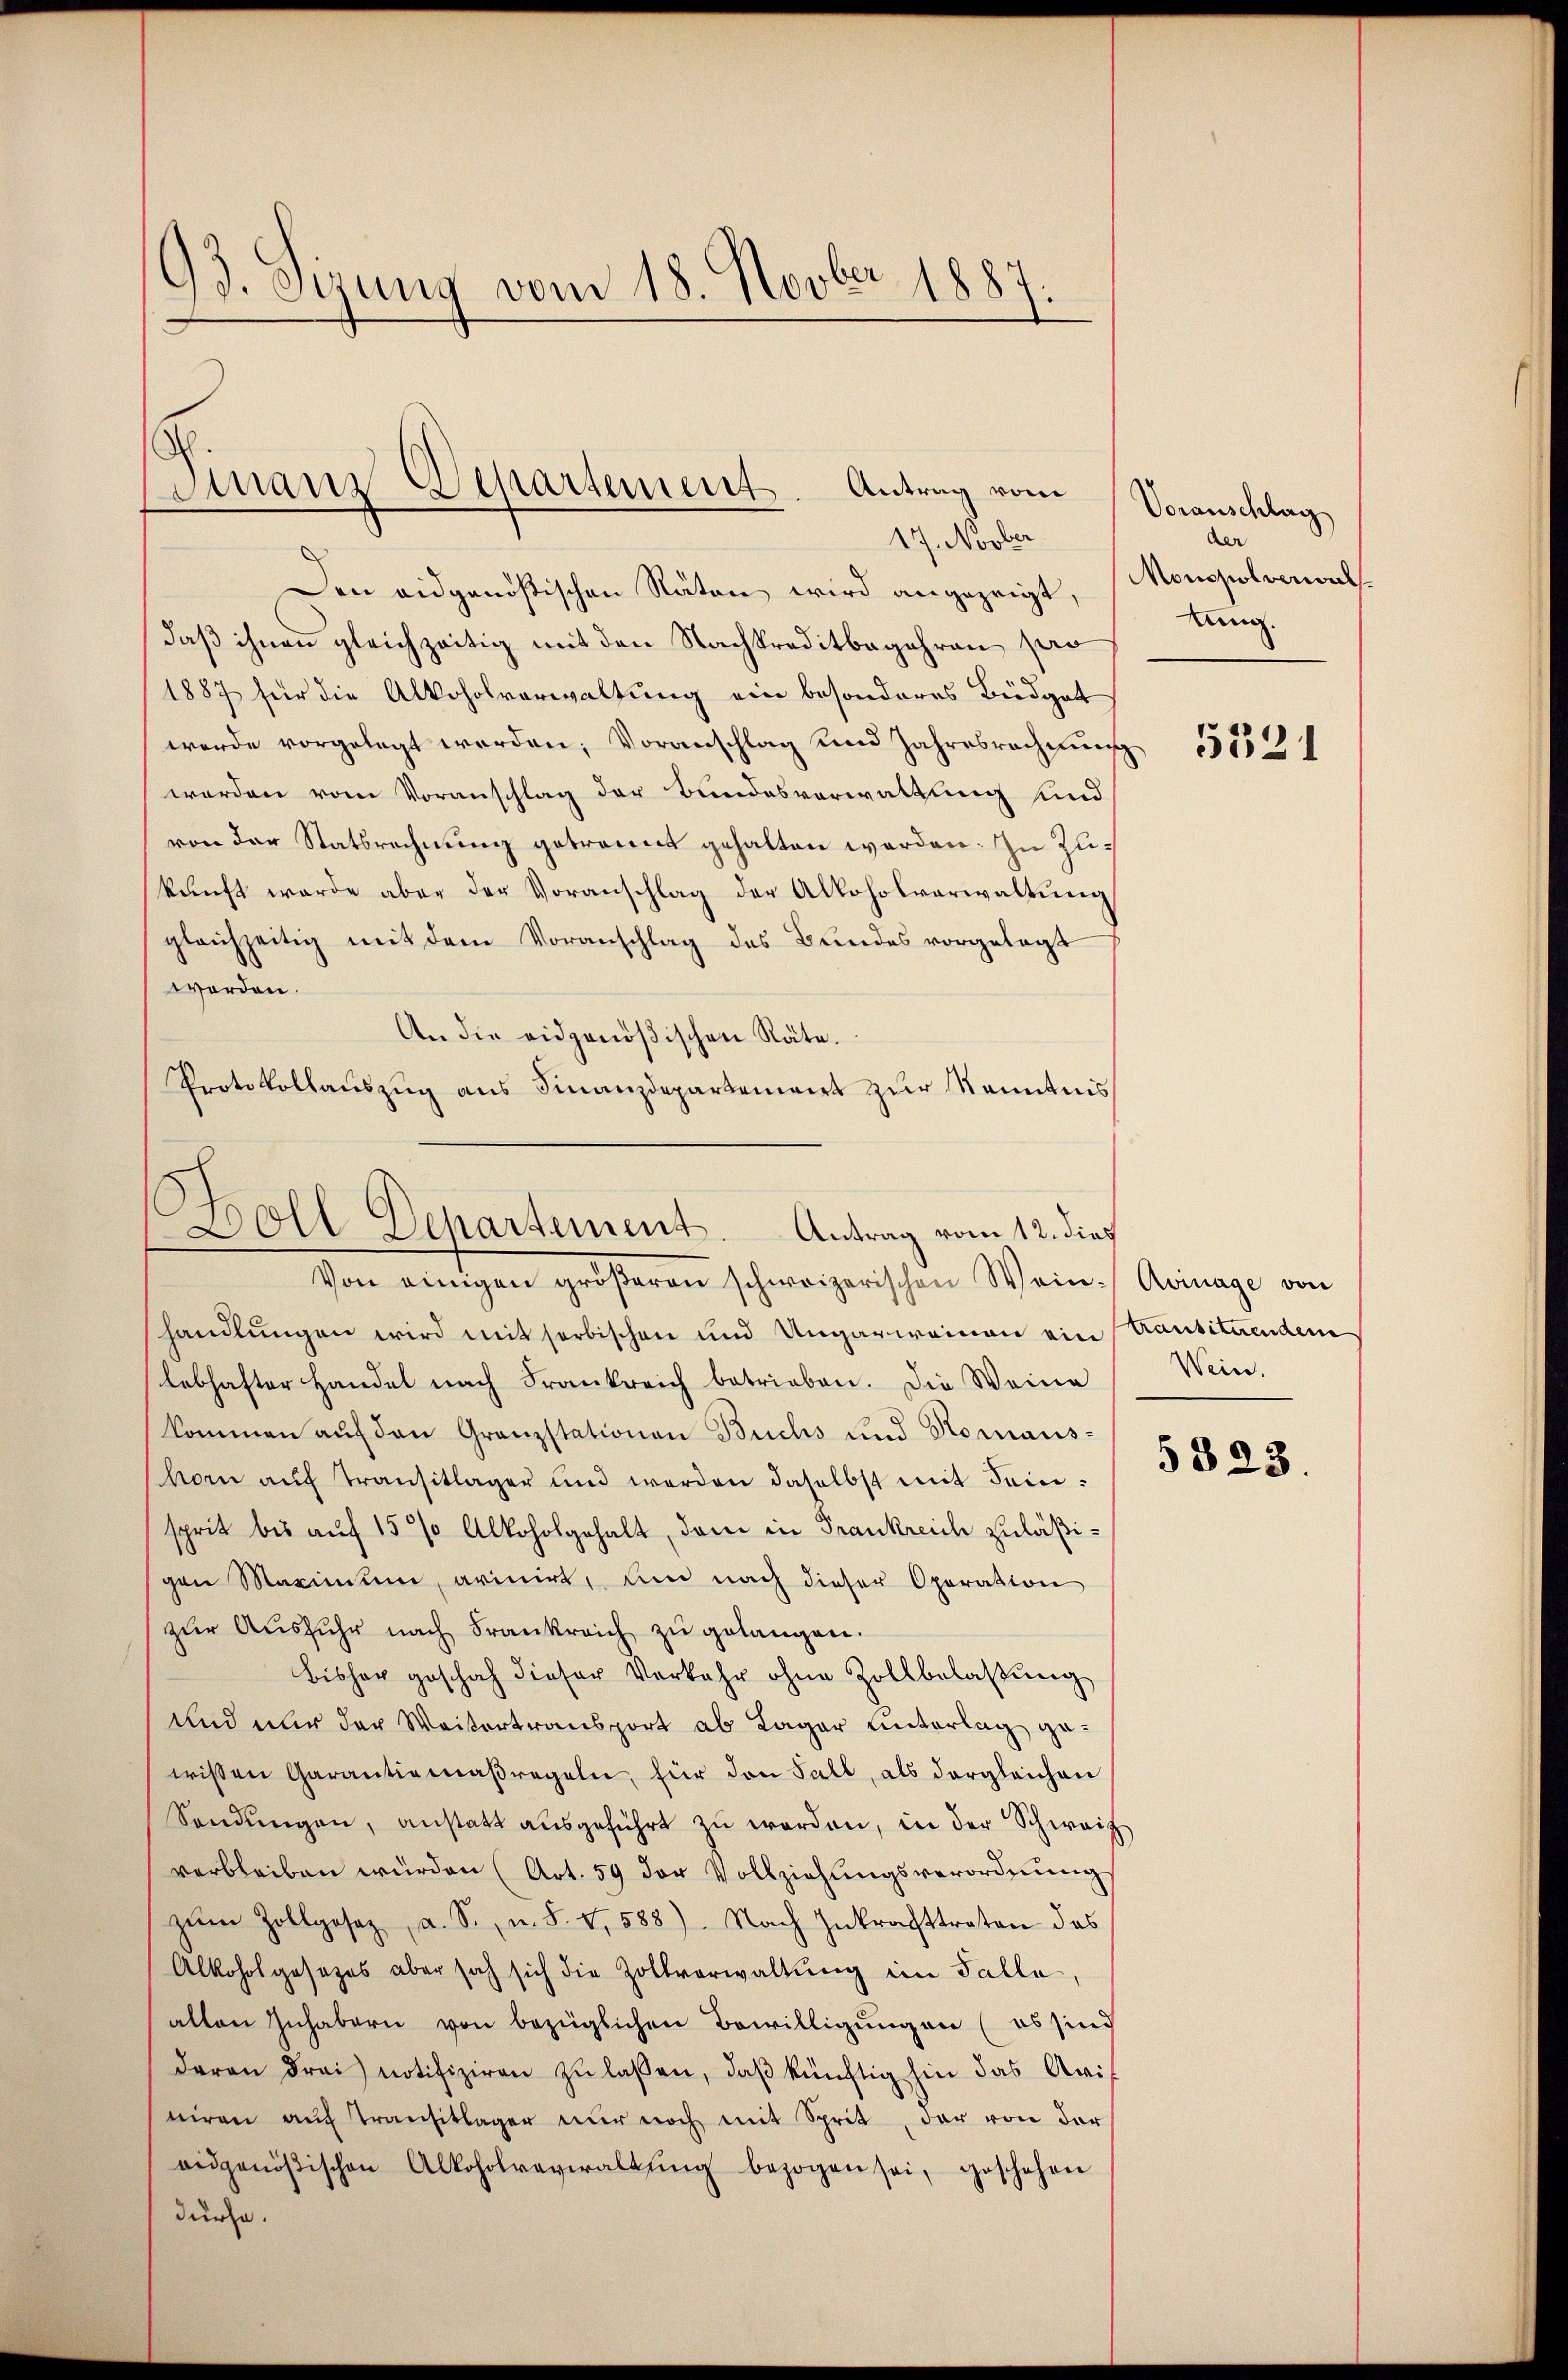
93. Sizung vom 18. Novber 1887.

Den eidgenößischen Räten wird angezeigt, Monopolverwaldaß ihnen gleichzeitig mit den Nachkreditbegehren pro
1887 für die Alkoholverwaltung ein besonderes Büdget
werde vorgelegt werden; Voranschlag und Jahresrechnŭng
werden vom Voranschlag der Bundesverwaltung und
von der Statsrechnung getrennt gehalten werden. Zu Zukŭnft werde aber der Voranschlag der Alkoholverwaltung
gleichzeitig mit dem Voranschlag des Bundes vorgelegt
worden.
An die eidgenößischen Räte.
Protokollauszug aus Finanzdepartement zur Kenntnis

Finanz Departement. Antrag vom
17. Novber

Boll Departement. Antrag vom 12. dies
Von einigen gröβeren schweizerischen Wein-Avinage von

handlungen wird mit serbischen und Ungarweinen ein Kausituendem
lebhafter Handel nach Frankreich betrieben. Die Weine
kommen auf den Granzstationen Buchs und Romanshorn aŭf Transitlager und werden daselbst mit demsprit bis auf 15 % Alkoholgehalt, dem in Frankreich zuläßigen Marinum, arinirt, um nach dieser Operation
zŭr Aŭsfŭhr nach Frankreich zŭ gelangen.
bisher geschah dieser Verkehr ohne Zollbelaβŭng
Und nur der Weitertransport ab Lager unterlag gewissen Garantiamaßregeln, für den Fall, als dergleichen
Sandŭngen, anstatt aŭsgeführt zŭ werden, in der Schweiz
verbleiben würden (Art. 59 der Vollziehungsverordnung
zŭm Zollgesetz, a. S. u. S. V,588). Nach Inkrafttreten des
Alkoholgesetzes aber sich sich die Zollverwaltung im Falle,
allen Inhabern von bezüglichen Bewilligungen (es sind
daran drei notifiziren zŭ lassen, daß künftig hin das Aris
niren auf Transitlager nur noch mit Sprit, der von der
aidgenößischen Alkoholverwaltŭng bezogen sei, geschehen
durche.

Voranschlag
der
lung.

5331

Wein.
5823.